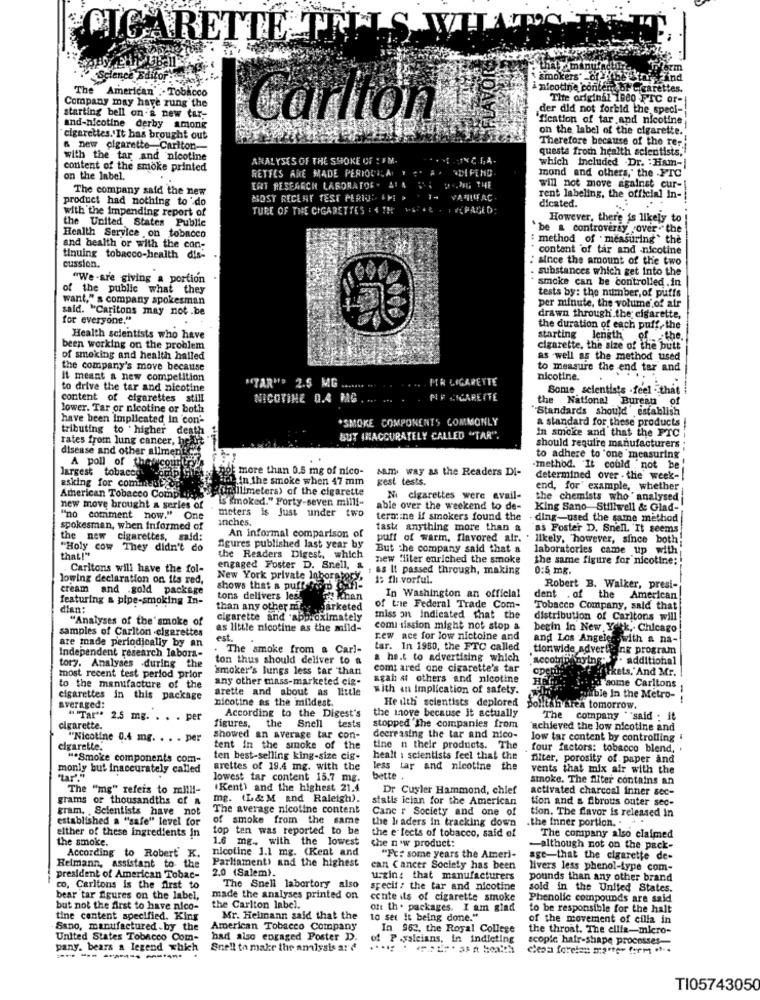
CIGARETTE TEILS K
that manufact
prorm
smokers" _8 1
Haind
The American .. Tobacco
nicotine conten br Cigarettes.
Company may have rung the
The original 1800 FTC or-
der did not forbid the speci-
starting bell on-g new tar-
Carlton
"fication of tar and nicotine
and-nicotine derby among
on the label of the cigarette."
cigarettes. It has brought out
Therefore because of the rer
a new cigarette Carlton-
questa from health scientists,
with the tar and nicotine
ANALYSES OF THE SMOKE OF : FM-
ING.LA.
which included Dr. : Hiam-
content of the smoke printed
RETTES ARE MADE PERIODICA Y " A. * DIPEMO
mond and others," the FTC
on the label.
The company said the new
ERT RESEARCH LABORATORY AFA
4.OG THE
will not move against cur-
product had nothing to do
MOST RECENT TEST PERIOD AM! >
.1- VANILFAC.
rent labeling, the official In-
dicated.
with the impending report of
TURE OF THE CIGARETTES : & TH RAFAE . PAGED
the United States Publie
However, there is likely to
"be a controversy over- the
Health Service on tobacco
: method of measuring" the
and health or with the con-
content of tar and nicotine
tinuing tobacco-health dis-
cussion.
since the amount of the two
substances which get into the
"We -sre giving a portion
smoke can be controlled.in
of the public what they
want," s company spokesman
tests by: the number, of puffs
said. "Caritons may not .be
per minute, the volume of air
for everyone."
drawn through the cigarette,
the duration of each puff, the
Health scientists who have
starting length of the.
been working on the problem
cigarette, the size of the butt
of smoking and health hailed
as well as the method used
the company's move because
to measure the end tar and
It meant a new competition
"TAR"P 2.5 MG
MR CIGARETTE
nicotine.
to drive the tar and nicotine
Somte scientists -feel that
content of cigarettes still
NICOTINE 0.4 MAG . ... .
PIF CIGARETTE
the National Bureau of
lower. Tar or nicotine or both
"Standards should"establish
have been Implicated in con'
*SMOKE COMPONENTS COMMONLY
tributing to higher death
a standard for these products !
In smoke and that the FTC
rates from lung cancer, bf
BUT INACCURATELY CALLED "TAR".
disease and other allment
should require manufacturers
A poll of the
to adhere to one 'measuring
largest tobacco
Hicount
more than 0.5 mg of nico-
sam way as the Readers Di-
method. It could not be
asking for comuni-ut &
in the smoke when 47 mm
gest tests.
determined over - the' week -!
(millimeters) of the cigarette
end, for" example, whether
American Tobacco Comp
is (moked." Forty-seven milli-
Ni cigarettes were avail-
the chemists who ' analysed
new move brought a series of
meters is Just under two
able over the weekend to de-
King Sano Stillwell & Glad-
"no comment now." One
Inches.
termine if smokers found the
. ding-used the same method
spokesman, when Informed of
An Informal comparison of
tast anything more than a
as Foster D. Snell. It seems
the new
cigarettes, said:
puff of warm, flavored air. . likely, "however, since both
"Holy cow They didn't do
figures published last year by
But the company said that a
laboratories came up with
that!"
the Readers Digest, which
new "liter enriched the smoke
the same figure for nicotine:
Carltons will have the fol-
engaged Foster D. Snell, &
: as It passed through, making
0:5 mg.
lowing declaration on its red,
New York private Inborat
1: fli.vorful.
cream and .gold package
shows that a puff fromd
Robert B. Walker, presi-
featuring & pipe-smoking In-
tons delivers les!
Volt khan
In Washington an official
dent . of the
American
dian:
than any other nf.
parketed
of the Federal Trade Com-
Tobacco Company, said that
"Analyses of the'smoke of
cigarette and approximately
miss on indicated that the
distribution of Carltons will
samples of Carlton -cigarettes
as little nicotine as the mild-
comi sission might not stop &
begin in New York, Chicago
are made periodically by an
est.
rew ace for low nictoine and
and Los Angeles.with a na-
Independent research labora-
The smoke from a Carl-
tar. In 1950, the FTC called
tionwide advertising program
ton thus should deliver to a
a ho.t to advertising which
"secotripinying: ". additional
tory. Analyses -during the
smoker's lungs less tar than
com; ared one cigarette's tar
folkets,'And Mr. !
most recent test period prior
any other mass-marketed cig-
agah st others and nicotine
to the manufacture of the
arette and about as little
with an Implication of safety.
d'some Carltons
cigarettes in this package
nicotine as the mildest.
He uth scientists deplored
Wyilble In the Metro-
Averaged:
the move because it actually
polltah area tomorrow.
" "Tar" 2.5 mg. . . . per
figures,
According to the Digest's
The company ""said : it
cigarette.
the Snell tests
stopped the companies from
`achieved the low nicotine and
"Nicotine 0.4 mg. . . . per
showed an average tar con-
decreasing the tar and nico-
low tar content by controlling
cigarette.
tent in the smoke of the
tine n their products. The
four factors: tobacco blend.
".Smoke components com-
ten best-selling king-size cig-
healt : scientists feel that the
filter, porosity of paper and
monly but inaccurately called
arettes of 19.4 mg. with the
less tar and nicotine the
vents that mix air with the
lowest tar content 15.7 mg.
bette
stoke. The fiter contains an
The "mg" refers to mill !-
(Kent) and the highest 21.4
Dr Cuyler Hammond, chief
activated charcoal inner sec-
grams or thousandths of a
mg. (L& M and Raleigh).
statis ician for the American
tion and & fibrous outer sec-
gram. . Scientists have not
The average nicotine content
Cane r Society and one of
tion. The flavor is released in
established a "safe" level for
of smoke from the same
the leaders in tracking down
.the inner portion. . .
either of these ingredients in
top ten was reported to be
the smoke.
1.6 mg ., with the lowest
the e fects of tobacco, said of
the new product:
The company also claimed
According to Robert K.
nicotine 1.1 mg. (Kent and
-although not on the pack-
Heimann, assistant to the
Parliament) and the highest
"Pc: some years the Ameri-
age-that the cigarette de-
2.0 (Salem).
can Cancer Society has been
livers less phenol-type com-
president of American Tobac-
u.zin that manufacturers
pounds than any other brand
co, Carltons is the first to
The Snell labortory also
specif : the tar and nicotine
sold in the United States.
bear tar figures on the label,
made the analyses printed on
conte its of cigarette smoke
Phenolic compounds are said
but not the first to have nico-
the Carlton label.
oft th. packages. I am glad
to be responsible for the halt
tine content specified. King
Mr. Heimann said that the
10 set it being done."
of the movement of cilla in
Sano, manufactured.by the
American Tobacco Company
In 962. the Royal College
the throat. The ellie-micro-
United States Tobacco Com-
had also engaged Poster D.
of P .yaicians, In indieting
scopie hair-shape processes
pany. bears a legend which
Snell to make the analysis a: d
cleoa forelan manter form .*..
------ -
TI05743050